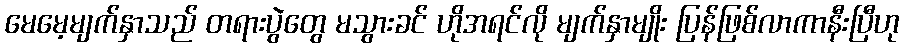
မေမေ့မျက်နှာသည် တရားပွဲတွေ မသွားခင် ဟိုအရင်လို မျက်နှာမျိုး ပြန်ဖြစ်လာကာနီးပြီဟု